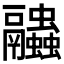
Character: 𧖓